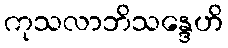
ကုသလာဘိသန္ဒေဟိ